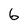
Character: 6